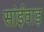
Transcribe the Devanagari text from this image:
सांईवाड़